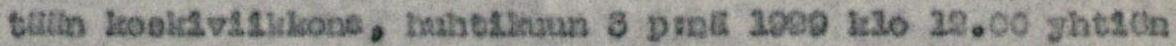
tään keskiviikkona, huhtikuun 3 p:nä 1929 klo 12.00 yhtiön